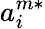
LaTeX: a_{i}^{m*}